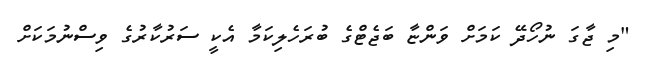
"މި ޖާގަ ނުހޯދޭ ކަމަށް ވަންޏާ ބަޖެޓްގެ ބުރަހެލިކަމާ އެކީ ސަރުކާރުގެ ވިސްނުމަކަށް